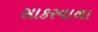
સાકરવાળા